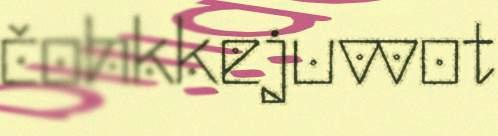
čohkkejuvvot